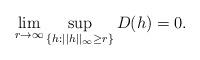
LaTeX: \begin{align*}\lim_{r \rightarrow \infty}\sup_{\{h: ||h||_{\infty} \ge r\}} D(h)=0. \end{align*}